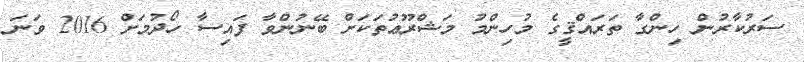
ސަރުކާރުން ހިންގާ ތަރައްޤީގެ މުހިންމު މަޝްރޫޢުތަކަށް ބޭނުންވާ ފައިސާ ހޯދުމަށް 2016 ވަނަ